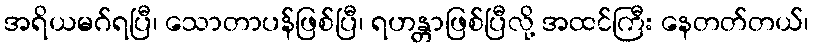
အရိယမဂ်ရပြီ၊ သောတာပန်ဖြစ်ပြီ၊ ရဟန္တာဖြစ်ပြီလို့ အထင်ကြီး နေတတ်တယ်၊